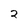
Character: 2